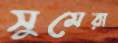
সুমেরা